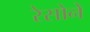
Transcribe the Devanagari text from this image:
रेसोने